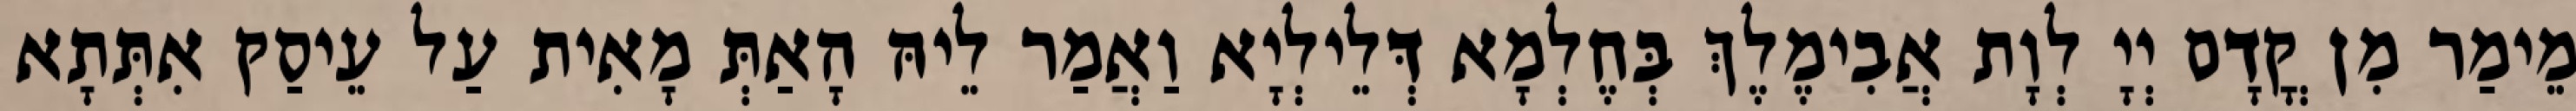
מֵימַר מִן קֳדָם יְיָ לְוָת אֲבִימֶלֶךְ בְּחֶלְמָא דְּלֵילְיָא וַאֲמַר לֵיהּ הָאַתְּ מָאִית עַל עֵיסַק אִתְּתָא